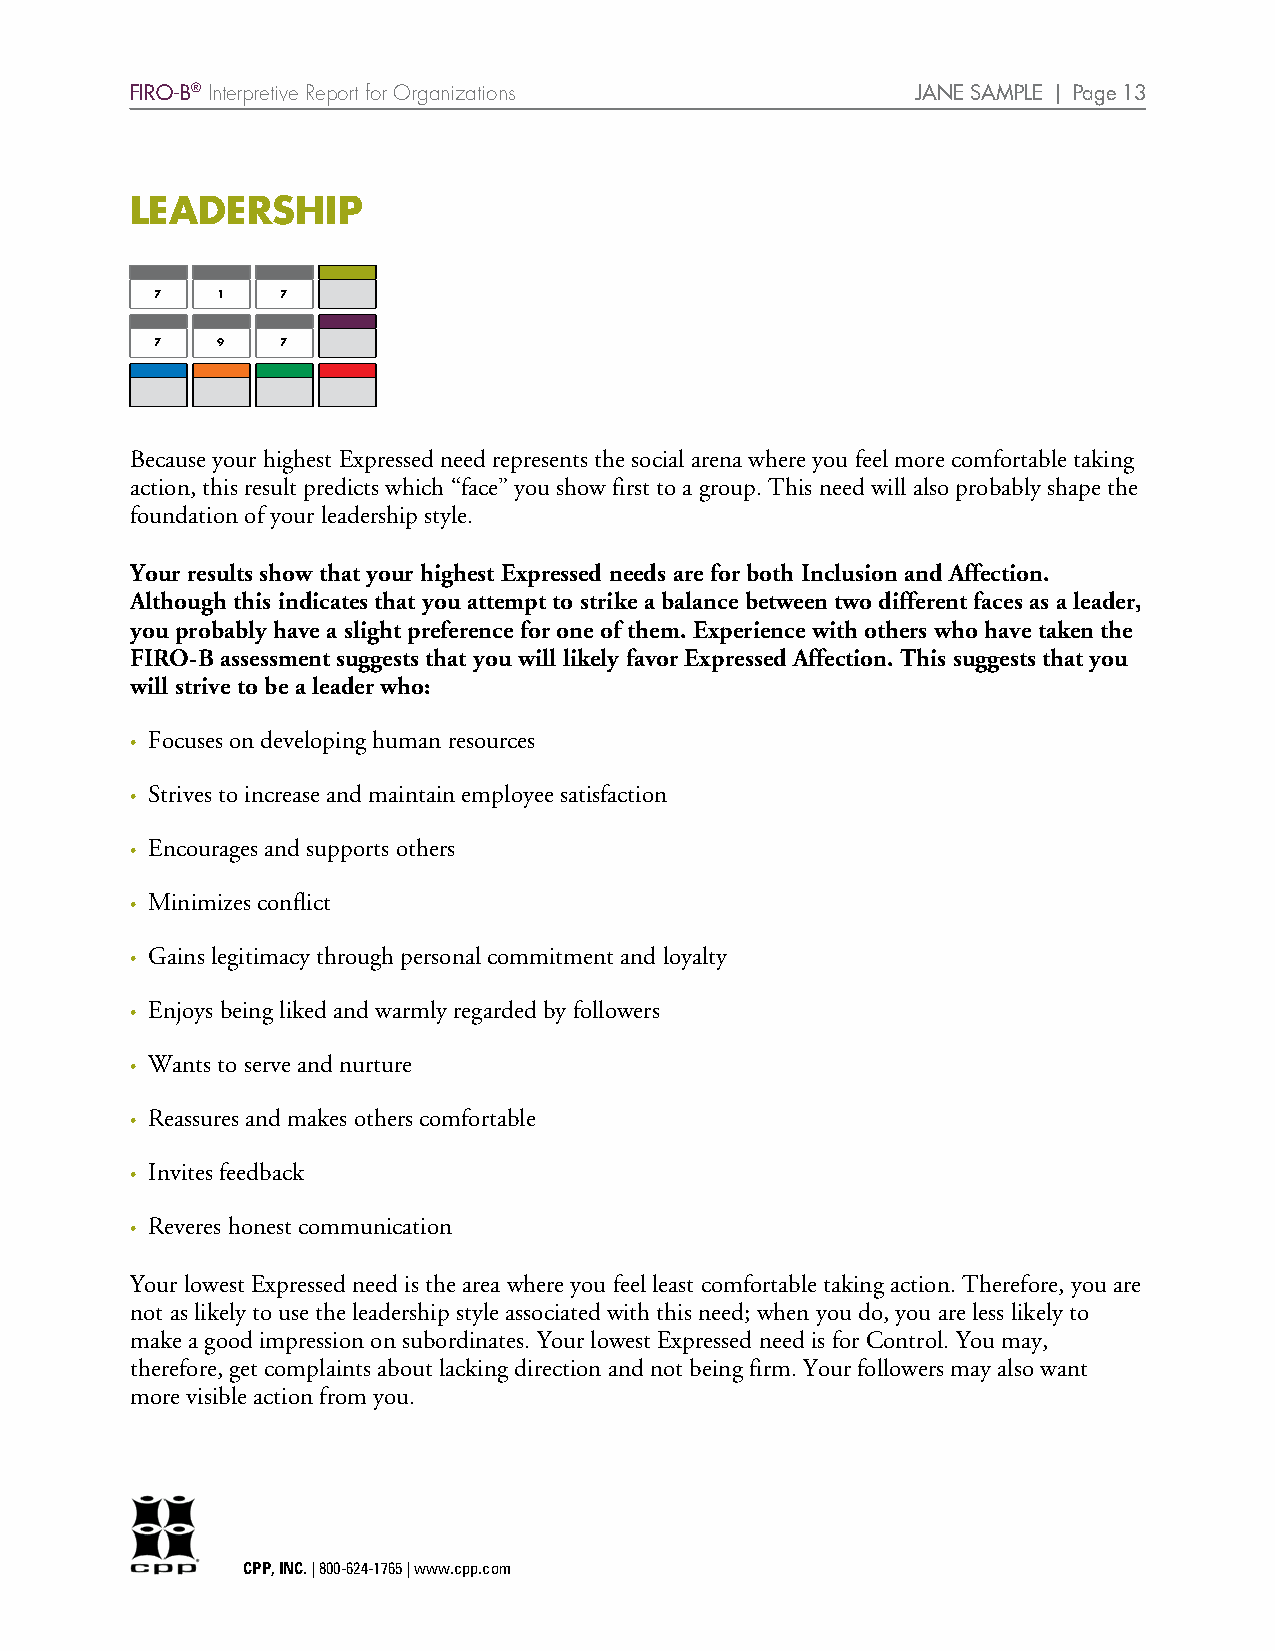
FIRO-B® Interpretive Report for Organizations       JANE SAMPLE | Page 13
 LEADERSHIP
 7   1    7
 7   9    7
 Because your highest Expressed need represents the social arena where you feel more comfortable taking
 action, this result predicts which “face” you show first to a group. This need will also probably shape the
 foundation of your leadership style.
 Your results show that your highest Expressed needs are for both Inclusion and Affection.
 Although this indicates that you attempt to strike a balance between two different faces as a leader,
 you probably have a slight preference for one of them. Experience with others who have taken the
 FIRO-B assessment suggests that you will likely favor Expressed Affection. This suggests that you
 will strive to be a leader who:
 • Focuses on developing human resources
 • Strives to increase and maintain employee satisfaction
 • Encourages and supports others
 • Minimizes conflict
 • Gains legitimacy through personal commitment and loyalty
 • Enjoys being liked and warmly regarded by followers
 • Wants to serve and nurture
 • Reassures and makes others comfortable
 • Invites feedback
 • Reveres honest communication
 Your lowest Expressed need is the area where you feel least comfortable taking action. Therefore, you are
 not as likely to use the leadership style associated with this need; when you do, you are less likely to
 make a good impression on subordinates. Your lowest Expressed need is for Control. You may,
 therefore, get complaints about lacking direction and not being firm. Your followers may also want
 more visible action from you.
 CPP, INC. | 800-624-1765 | www.cpp.com